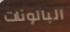
البالونات